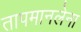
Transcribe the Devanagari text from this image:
तापमानलेना